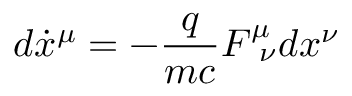
d \dot { x } ^ { \mu } = - \frac { q } { m c } F _ { \, \, \, \nu } ^ { \mu } d { x } ^ { \nu }